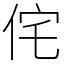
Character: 侘